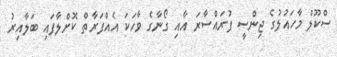
ސްކޫލް މާހައުލުގެ ޖިންސީ ފުރައްސާރަ އާއި ގޯނާގެ ވާހަކަ އެއްފަރާތް ކޮށްލާފައި ބަލާއިރު